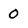
Character: O